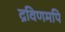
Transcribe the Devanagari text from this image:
द्रविणमपि